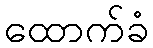
ထောက်ခံ